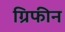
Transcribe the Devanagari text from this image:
ग्रिफीन